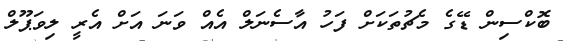
ބޮކްސިން ޑޭގެ މެޗުތަކަށް ފަހު އާސެނަލް އެއް ވަނަ އަށް އެރީ ލިވަޕޫލް